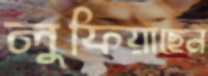
লুফিয়াছেন